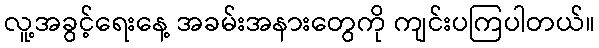
လူ့အခွင့်ရေးနေ့ အခမ်းအနားတွေကို ကျင်းပကြပါတယ်။